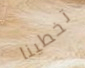
تخطينا